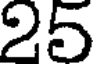
25